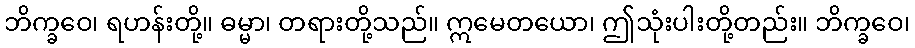
ဘိက္ခဝေ၊ ရဟန်းတို့။ ဓမ္မာ၊ တရားတို့သည်။ ဣမေတယော၊ ဤသုံးပါးတို့တည်း။ ဘိက္ခဝေ၊